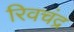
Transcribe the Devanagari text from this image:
रिवचंद्र